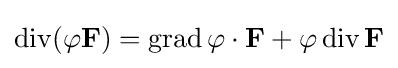
\operatorname {div} (\varphi \mathbf {F} )=\operatorname {grad} \varphi \cdot \mathbf {F} +\varphi \operatorname {div} \mathbf {F}